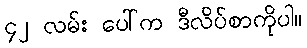
၄၂ လမ်း ပေါ်က ဒီလိပ်စာကိုပါ။